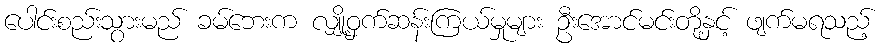
ပေါင်းစည်းသွားမည် ခမ်ဘေးက လျှို့ဝှက်ဆန်းကြယ်မှုများ ဦးအောင်မင်းတို့နှင့် ဖျက်မရသည့်